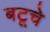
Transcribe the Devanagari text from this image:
बटूचे